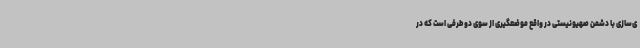
ی‌سازی با دشمن صهیونیستی در واقع موضعگیری از سوی دو طرفی است که در